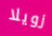
زويلا